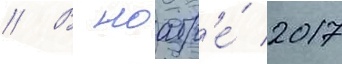
// В ноабр'е́ 2017